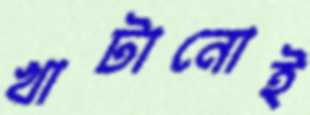
খাটানোই